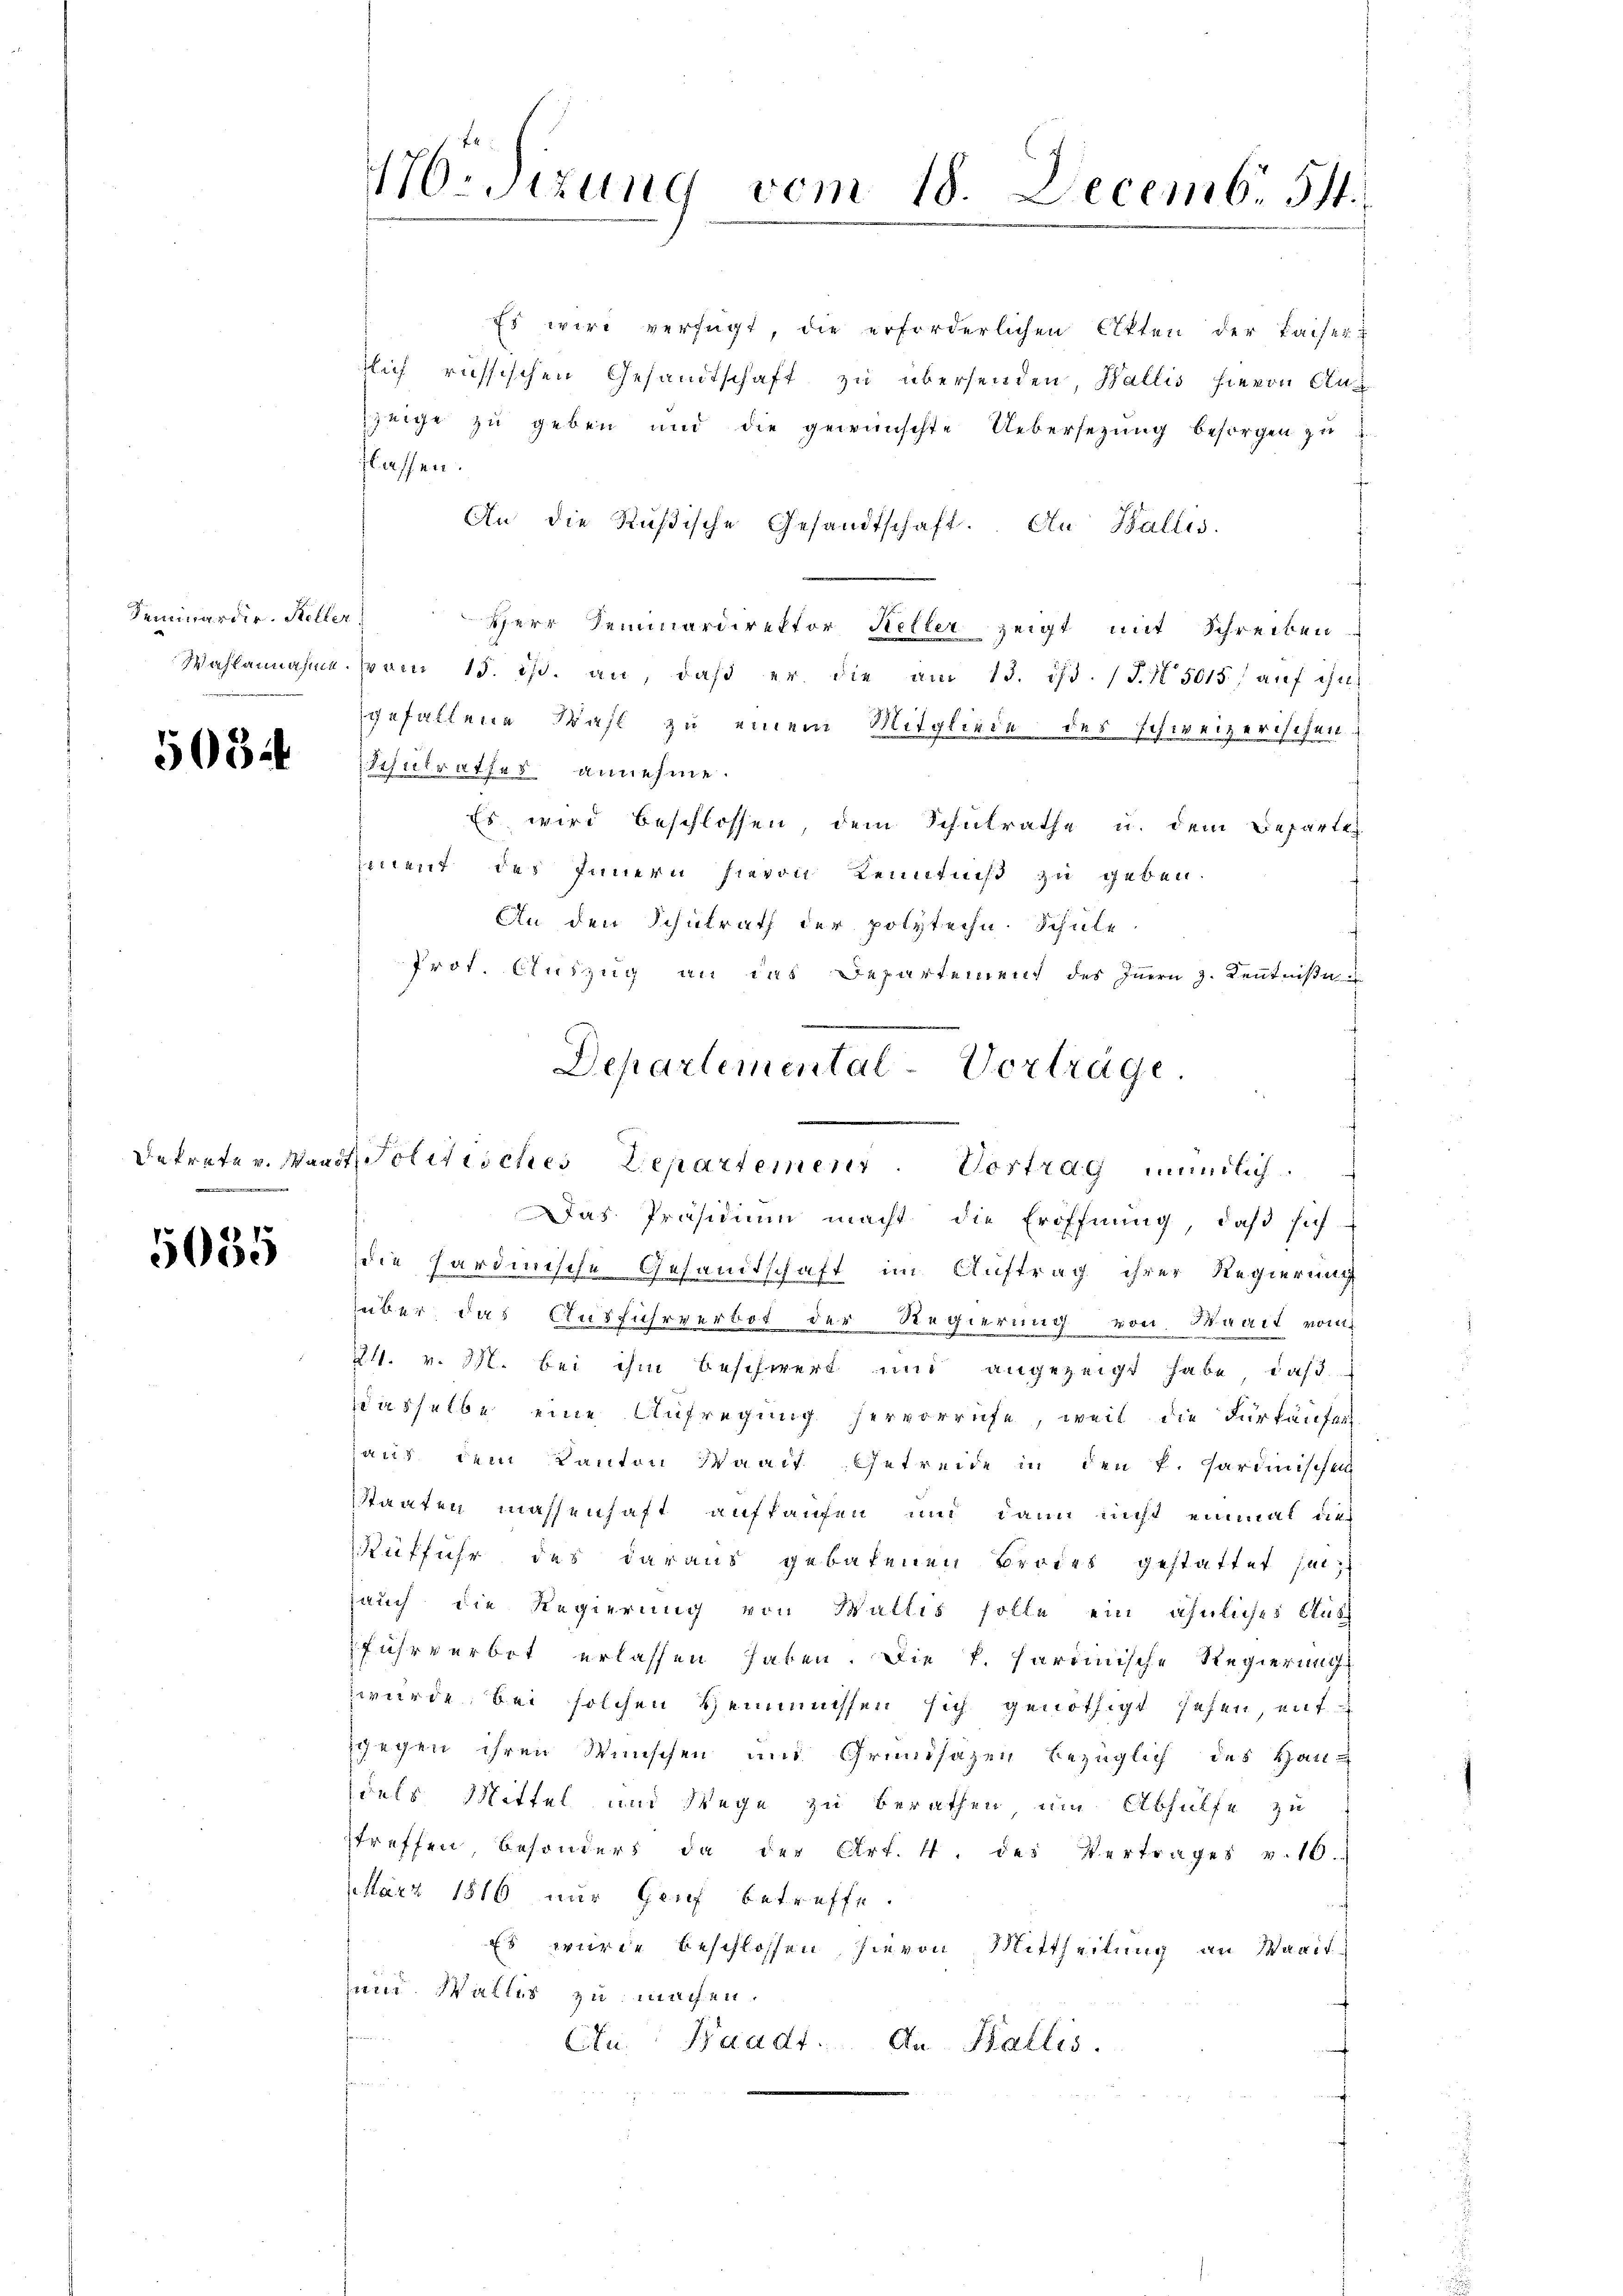
Seminardir. Keller

508

5055

Es wird verfügt, die erforderlichen Akten der Kaiser-
tlich russischen Gesandtschaft zu übersenden, Wallis hievon Aug
zeige zu geben und die gewünschte Uebersetzung besorgen zu
flassen.
An die Rußische Gesandtschaft. An Wallis
Herr Seminardirektor Keller zeigt mit Schreiben
Wahlannahme vom 15. dβ. an, daβ er die am 13. ds. (T. 5015 aŭf ihn
gefallene Wahl zu einem Mitgliede des schweizerischen
Schulrathes annehme.
Es wird beschlossen, dem Schulrathe u. dem Besarten
ment des Innern hievon Kenntniß zu geben.
An den Schulrath der polytechn. Schule.
Prof. Auszug an das Departement des Innern z. Kenntniße
Das Präsidiŭm macht die Eröffnŭng, daβ sich
die hardinische Gesandtschaft im Auftrag ihrer Regierung
über, das Ausfuhrverbot der Regierung von Waadt vom
211. v. 311. bei ihm beschwert und angezeigt habe, daß
dasselbe eine Aufregung hervorrufe, weil die Fürkaufes
haus dem Kanton Waadt Getreide in den k. Partinischen
Staaten massenhaft aufkaufen und dann nicht einmal dies
Ruffuhr des daraus gebatenen Brodes gestattet sei;
auch die Regierung von Wallis solle ein ähnliches Aush
fuhrverbot erlassen haben. Die k. hartinische Regierungs
wurde bei solchen Heimüssen sich genöthigt sehen, ent
ggegen ihren Wünschen und Grundsazen bezüglich des Haudels Mittel und Wege zu berathen, um Abhülfe zu
streffen, besonders da der Art. 4. des Vertrages v. 10.
März 1816 nur Genf betreffe.
Es wurde beschlossen, hievon Mittheilung an Waadt
und Wallis zu machen.
Au. Waadt. An Wallis.

M.sizung vom 18. Decemb. 51.

Departemental-Vorträge
Dekrete v. Waadt Politisches Departement. Vortrag mündlich.